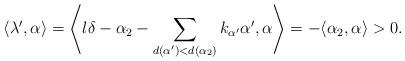
LaTeX: \begin{align*}\langle\lambda^{\prime},\alpha\rangle=\left\langle l\delta-\alpha_{2}-\sum_{d(\alpha^{\prime})<d(\alpha_{2})}k_{\alpha^{\prime}}\alpha^{\prime},\alpha\right\rangle =-\langle\alpha_{2},\alpha\rangle>0.\end{align*}